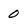
Character: O